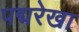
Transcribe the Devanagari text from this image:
पद्मरेखा